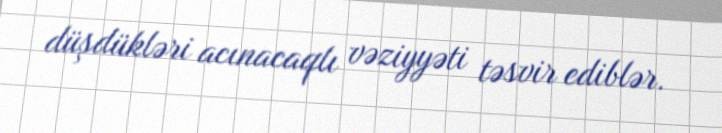
düşdükləri acınacaqlı vəziyyəti təsvir ediblər.